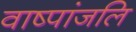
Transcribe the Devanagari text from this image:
वाष्पांजलि